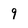
Character: 9